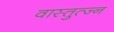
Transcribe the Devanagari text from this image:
वास्तुत्ज्न